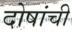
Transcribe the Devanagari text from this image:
दोषांची